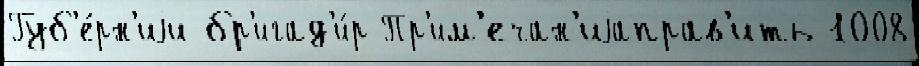
Губ'е́рн'иjи бр'игад'и́р Пр'им'ечан'иjаправ'ить 1008